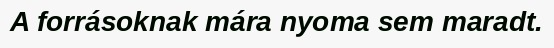
A forrásoknak mára nyoma sem maradt.